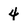
Character: 4